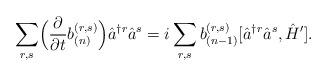
LaTeX: \begin{align*}\sum_{r,s} \Bigl(\frac{\partial}{\partial t} b_{(n)}^{(r, s)} \Bigr) \hat{a}^{\dagger r} \hat{a}^s= i \sum_{r,s} b_{(n-1)}^{(r, s)} [\hat{a}^{\dagger r} \hat{a}^s, \hat{H}'].\end{align*}